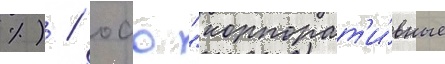
%) / оао "корпорат'и́вные